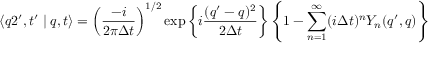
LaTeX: \langle q 2 ^ { \prime } , t ^ { \prime } \mid q , t \rangle = \left( \frac { - i } { 2 \pi \Delta t } \right) ^ { 1 / 2 } \exp \left\{ i \frac { ( q ^ { \prime } - q ) ^ { 2 } } { 2 \Delta t } \right\} \left\{ 1 - \sum _ { n = 1 } ^ { \infty } ( i \Delta t ) ^ { n } Y _ { n } ( q ^ { \prime } , q ) \right\}